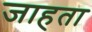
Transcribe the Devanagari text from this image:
जाहता